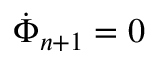
\dot { \Phi } _ { n + 1 } = 0